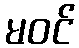
မဝင်